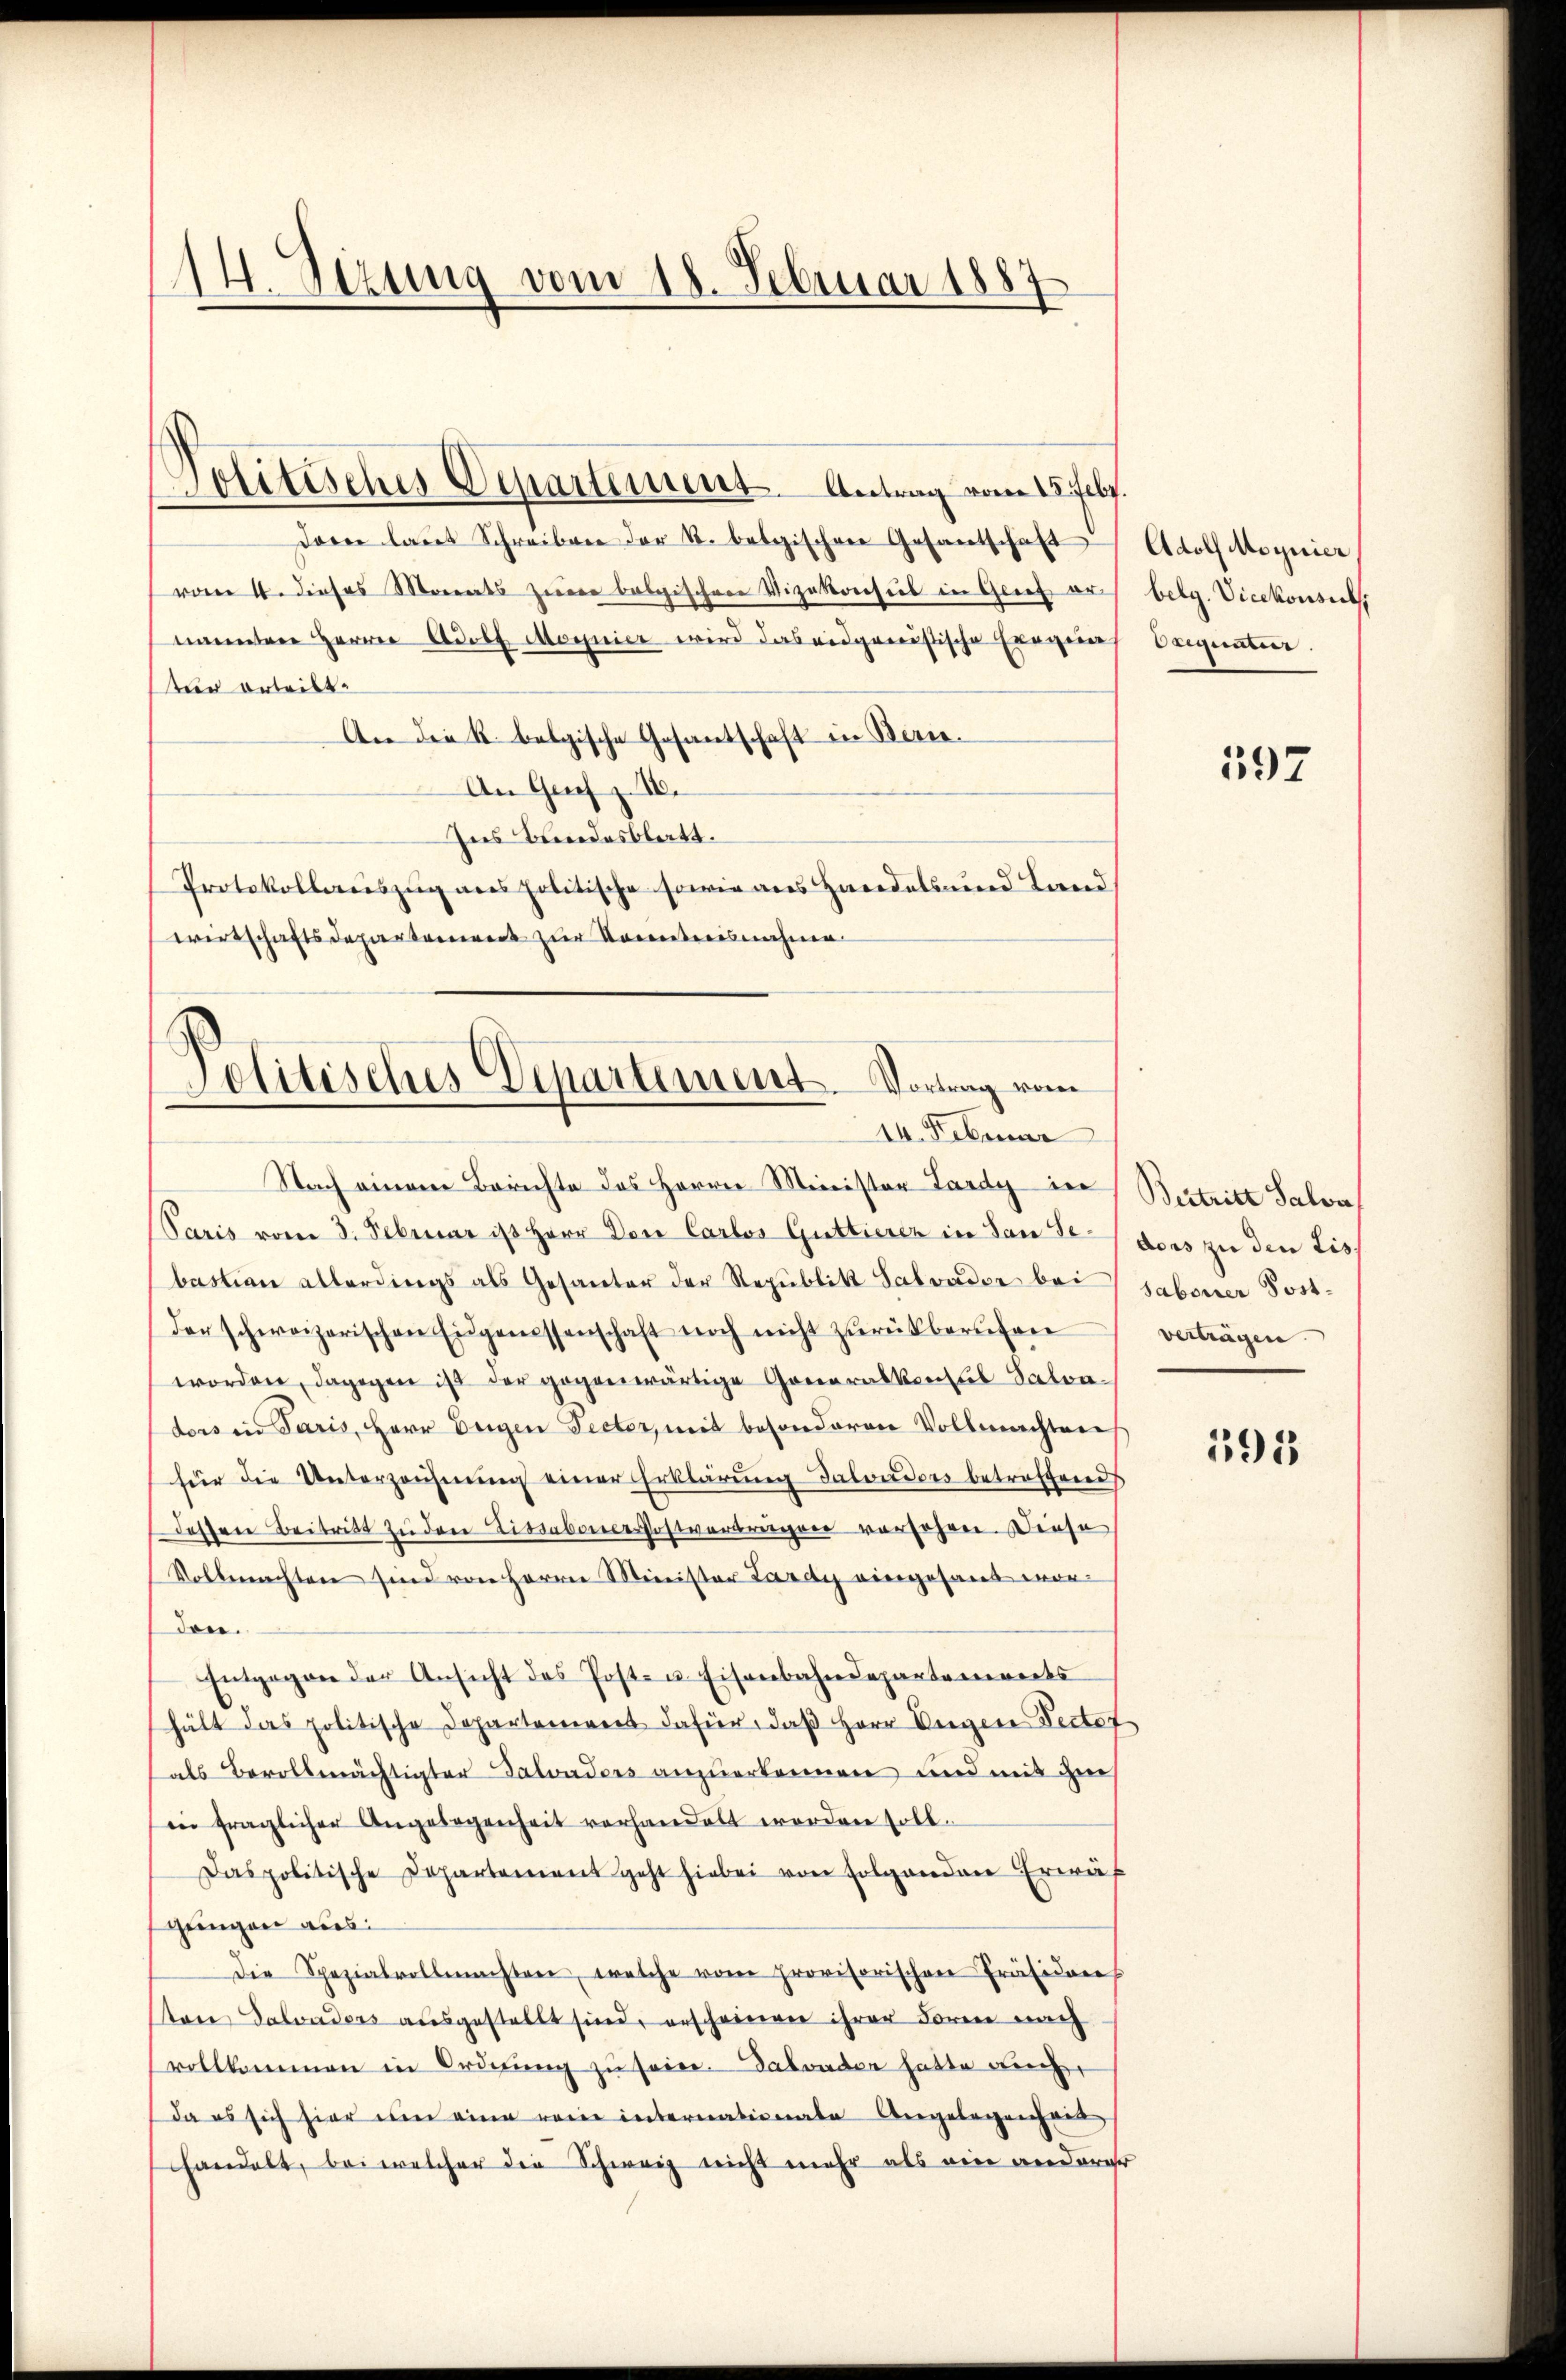
14. Sezung vom 18. Februar 1887

dare laut Schreiben der k. belgischen Gesantschaft Adolf Moynier,
von 14. dieses Morats seiner belgischere Vigatorisies in Glief ermuntere Herrn Adolf Magnier wird das eidgenößische Eregung
ter erteilt.
An die K. belgische Gesantschaft in Serie.
An Gries z. 18.
Ins Bundesblatt.
Protokollauszug aus politische sowie aus Handels und Land
wirtschaftsdepartement zur Kenntnisnahme

Politisches Departement. Antrag vom 18. Febr.

Politisches Departement. Vortrag vom
14. Februar

Nach einem Berichte des Herrn Minister Lardy in Bestritt Salon
Paris vom 3. Februar ist Herr Don Carlos Guttierer in Sande ders zu den Lis
bastian allerdings als Gesanter der Republik Salvader bei saboner Postder schweizerischen Eigenessenschaft noch nicht zŭrückberufen
worden, dagegen ist der gegenwärtige Generalkonsul Salvaders in Paris, Herr Beigen Pector, mit besonderen Vollmachten
für die Unterzeichnung einer Erklärung Salonders betreffend
dessen Beitritt zu den Tissabonerostverträger versehen. Diese
Vollmachten sind von Herrn Minister Lardy viergesandt worden.
Entgegen der Ansicht des Post- u. Eisenbahndepartements
hält das politische Departement dafür, daβ Herr Ungere Pectof
als Bevollmächtigter Salvaders anzuerkennen und mit zu
in fraglicher Angelegenheit verhandelt worden soll.
Daspolitische Departement geht hiebei von Folgenden Erwäh
gungen aus
Die Spezialvollmachten, welche vom provisorischen Präsiden
sten Salvaders ausgestellt sind, erscheinen ihrer Form nach
vollkommen in Ordnŭng zu sein. Dabruder hatte auch
da es sich hier um eine reine internationale Angelegenhae
handelt, bei welcher die Schweiz nicht mehr als ein anderer

belg. Vicekonsuls
Ciunter

397

vertragen.

395